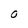
Character: O